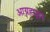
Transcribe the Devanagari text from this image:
आग्रहाद्वारे